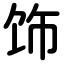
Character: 饰